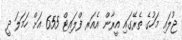
ޖުލައި މަހުގެ ތެރޭގައި އީރާން އެއަރ ފްލައިޓް 655 އަށް ހަމަލަ ދީ